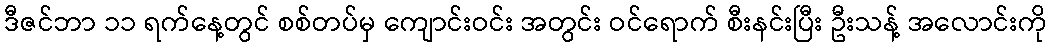
ဒီဇင်ဘာ ၁၁ ရက်နေ့တွင် စစ်တပ်မှ ကျောင်းဝင်း အတွင်း ဝင်ရောက် စီးနင်းပြီး ဦးသန့် အလောင်းကို